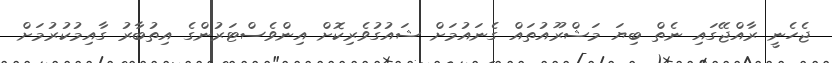
ޖެހެނީ ރާއްޖޭގައި ނެތް ބިޔަ މަޝްރޫއުތައް ގެނައުމަށް ޝައުގުވެރިކޮށް އިންވެސްޓަރުންގެ އިތުބާރު ގާއިމުކުރުމަށް